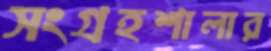
সংগ্রহশালার